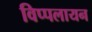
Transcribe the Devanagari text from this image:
विप्पलायन